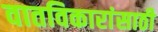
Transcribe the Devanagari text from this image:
वातविकारांसाठी